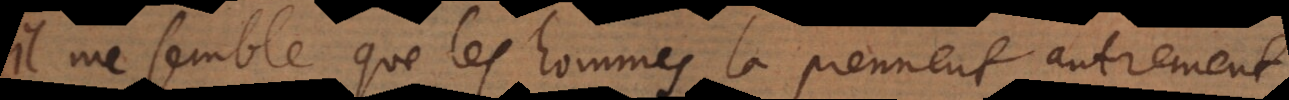
il me semble que les hommes la prennent autrement